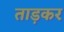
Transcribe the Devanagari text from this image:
ताड़कर